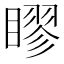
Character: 𥉾